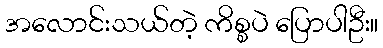
အလောင်းသယ်တဲ့ ကိစ္စပဲ ပြောပါဦး။